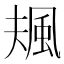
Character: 𩖬